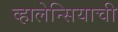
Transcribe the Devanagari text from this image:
व्हालेन्सियाची